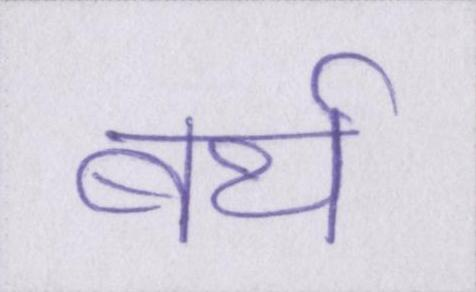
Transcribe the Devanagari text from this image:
बर्थ